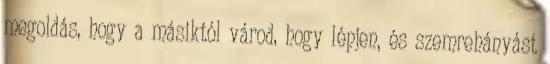
megoldás, hogy a másiktól várod, hogy lépjen, és szemrehányást